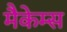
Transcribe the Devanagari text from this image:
मैकेम्स